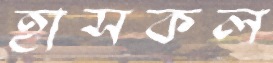
হাসকল